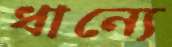
ধান্যে